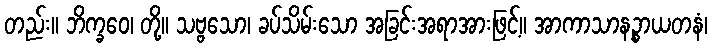
တည်း။ ဘိက္ခဝေ၊ တို့။ သဗ္ဗသော၊ ခပ်သိမ်းသော အခြင်းအရာအားဖြင့်။ အာကာသာနဉ္စာယတနံ၊